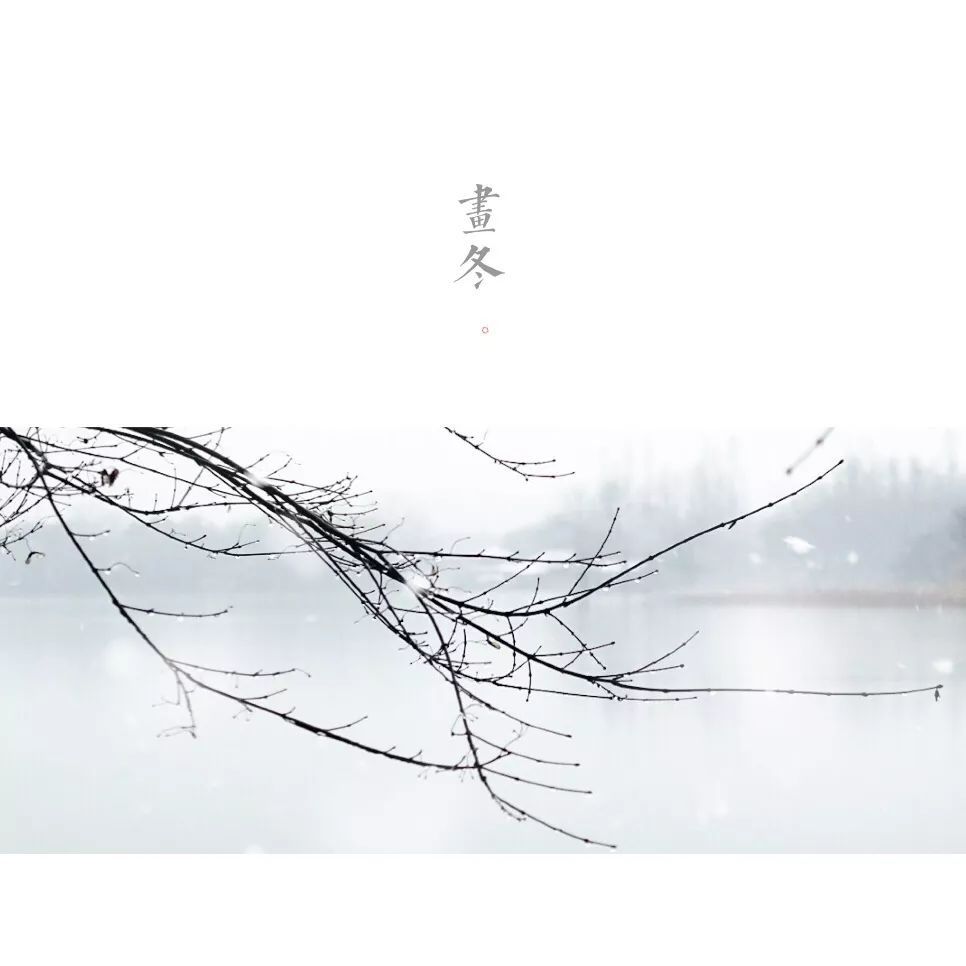
长记曾携手处，千树压西湖寒碧。